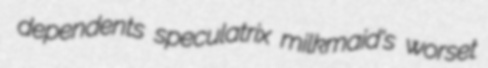
dependents speculatrix milkmaid's worset